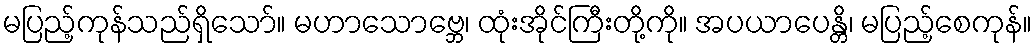
မပြည့်ကုန်သည်ရှိသော်။ မဟာသောဗ္ဘေ၊ ထုံးအိုင်ကြီးတို့ကို။ အပယာပေန္တိ၊ မပြည့်စေကုန်။